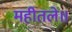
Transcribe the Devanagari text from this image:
महीतले॥